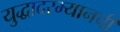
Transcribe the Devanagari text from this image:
युद्धादरम्यानची